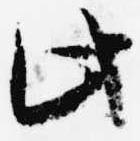
此